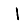
Digit: 1